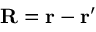
\mathbf { R } = \mathbf { r } - \mathbf { r } ^ { \prime }